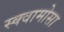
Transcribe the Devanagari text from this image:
स्क्वामोसा